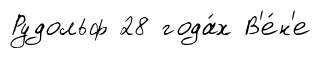
Рудольф 28 года́х В'е́н'е